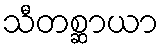
သီတစ္ဆာယာ